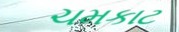
ચમકાટ